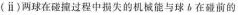
(ⅱ) 两球在碰撞过程中损失的机械能与球 b 在碰前的